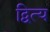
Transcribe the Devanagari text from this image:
द्वित्य